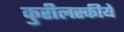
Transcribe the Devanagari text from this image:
कुरीलस्कीये